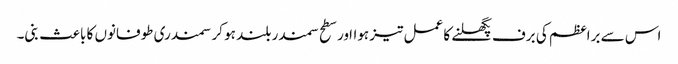
اس سے براعظم کی برف پگھلنے کا عمل تیز ہوااور سطح سمندر بلند ہو کر سمندری طوفانوں کا باعث بنی۔